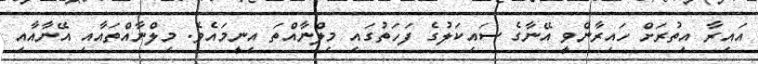
އައިރާ އިތުރަށް ހައިރާންވީ އޭނާގެ ސައިކަލުގެ ފަހަތުގައި މިލްނާއްތަ އިނީމައެވެ. މިލްނާއްތައާއި އޭނާއާއި